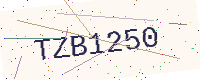
Text: TZB1250